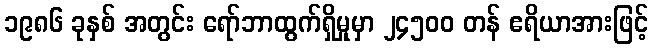
၁၉၈၆ ခုနှစ် အတွင်း ရော်ဘာထွက်ရှိမှုမှာ ၂၄၅၀၀ တန် ဧရိယာအားဖြင့်